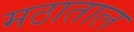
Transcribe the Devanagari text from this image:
मठाताल